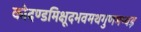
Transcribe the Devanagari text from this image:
कोदण्डमिक्षूदभवमथगुणमप्यड़